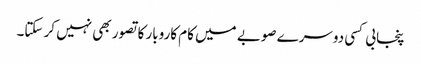
پنجابی کسی دوسرے صوبے میں کام کاروبار کا تصور بھی نہیں کر سکتا۔